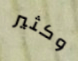
وكثير